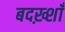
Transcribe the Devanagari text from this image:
बदख़्शाँ